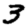
Digit: 3